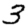
Digit: 3